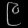
Digit: ၉